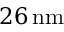
2 6 \, \mathrm { n m }